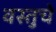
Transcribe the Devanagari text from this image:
वस्तुचे